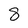
Character: 8